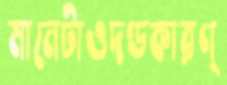
মানেটাওদণ্ডকারণ্